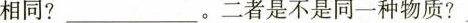
相同?___ 。二者是不是同一种物质? ___。